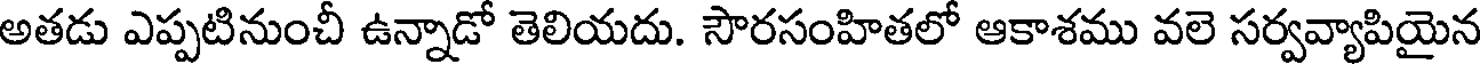
అతడు ఎప్పటినుంచీ ఉన్నాడో తెలియదు. సౌరసంహితలో ఆకాశము వలె సర్వవ్యాపియైన